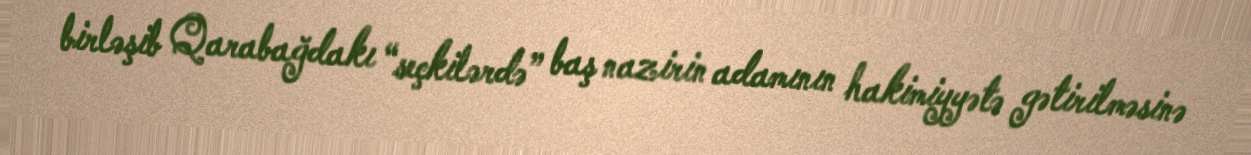
birləşib Qarabağdakı “seçkilərdə” baş nazirin adamının hakimiyyətə gətirilməsinə